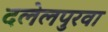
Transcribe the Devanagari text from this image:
दलेलपुरवा